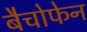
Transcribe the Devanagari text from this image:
बैचोफेन